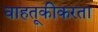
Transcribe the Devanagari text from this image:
वाहतूकीकरता